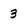
Character: 3